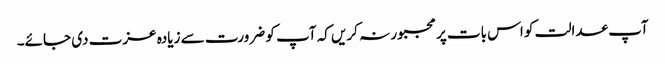
آپ عدالت کو اس بات پر مجبور نہ کریں کہ آپ کو ضرورت سے زیادہ عزت دی جائے۔